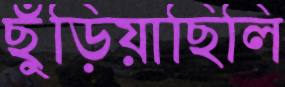
ছুঁড়িয়াছিলি